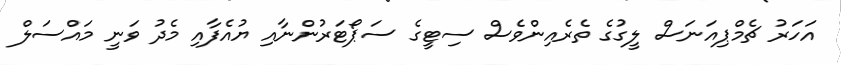
އަހަރު ޗެމްޕިއަނަސް ލީގުގެ ތެރެއިންވެސް ސިޓީގެ ސަޕޯޓަރުންނާއި ޔުއެފާއި މެދު ވަނީ މައްސަލް